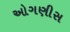
ઓગણીસ